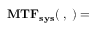
\mathbf { M T F _ { s y s } ( \xi , \eta ) = }